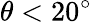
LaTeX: \theta<20^{\circ}